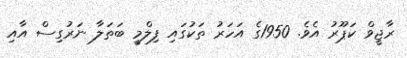
ރާޖީވް ކަޕޫރު އެވެ. 1950ގެ އަހަރު ތަކުގައި ފިލްމީ ބަތަލާ ނަރުގިސް އާއި